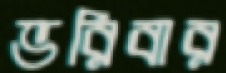
ভরিবার